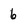
Character: 6